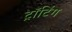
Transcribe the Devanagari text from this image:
ट्रॉटिंग